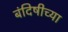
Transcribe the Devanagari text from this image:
बंदिषीच्या